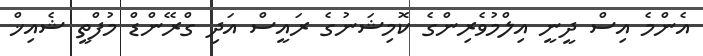
އެންމެ އިސް ދީނީ އިލްމުވެރިންގެ ކޮމިޝަނުގެ ރައީސް އަދި ގްރޭންޑް މުފްތީ ޝެއިޚް